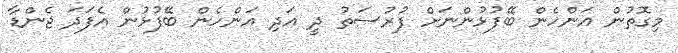
މިގޮތުން އަންހެން ބޭފުޅުންނަށް ފުރުސަތު ދީ އަދި އަންހެން ބޭފުޅުން އެފަދަ ޖެންޑާ